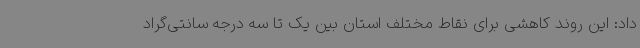
داد: این روند کاهشی برای نقاط مختلف استان بین یک تا سه درجه سانتی‌گراد